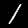
Digit: 1